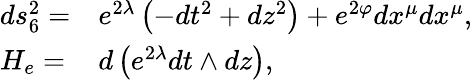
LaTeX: \begin{array}{ll}{{ds_{6}^{2}=}}&{{e^{2\lambda}\left(-dt^{2}+dz^{2}\right)+e^{2\varphi}dx^{\mu}dx^{\mu},}}\\ {{H_{e}=}}&{{d\left(e^{2\lambda}dt\wedge dz\right),}}\end{array}